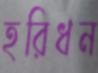
হরিধন